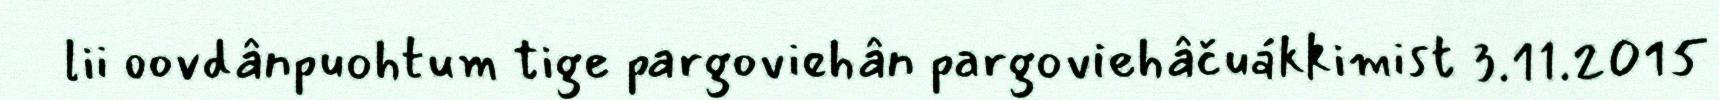
lii oovdânpuohtum tige pargoviehân pargoviehâčuákkimist 3.11.2015